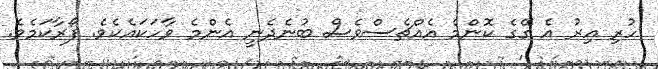
ހުރި އިރު އެ ގޭގެ ކޮންމެ އެއްޗެސްވެސް ބުނެދެނީ އެންމެ ވާހަކައެކެވެ. ފޯރާކަމެވެ.